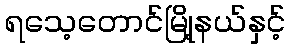
ရသေ့တောင်မြို့နယ်နှင့်